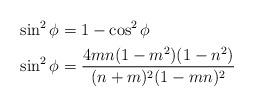
LaTeX: \begin{align*}\sin^2 \phi &= 1 - \cos^2 \phi \\\sin^2 \phi &= \frac{4mn(1-m^2)(1-n^2)}{(n+m)^2(1-mn)^2}\end{align*}